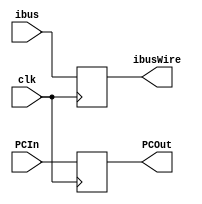
module pipeline_1_latch_2(clk, ibus, ibusWire, PCIn, PCOut);
  input [31:0] ibus, PCIn;
  input clk;
  output [31:0] ibusWire, PCOut;
  reg [31:0] ibusWire, PCOut;
  always @(posedge clk) begin
    ibusWire = ibus;
    PCOut = PCIn;
  end
endmodule